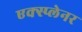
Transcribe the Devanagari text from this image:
एक्स्प्लेनर